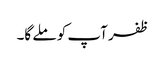
ظفر آپ کو ملے گا۔